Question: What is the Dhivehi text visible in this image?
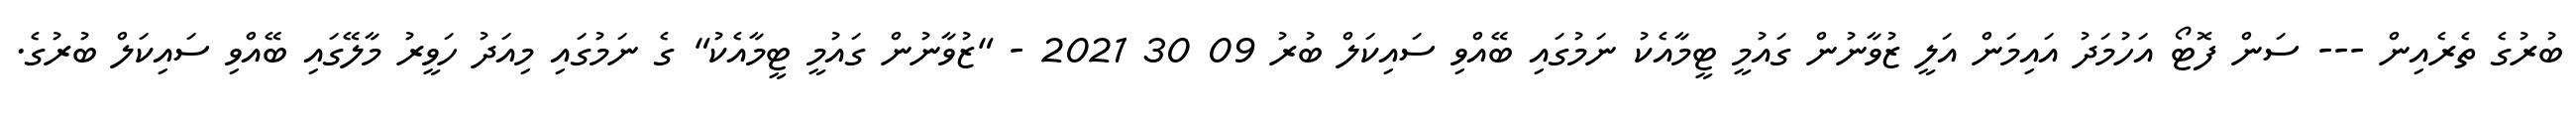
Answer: ބުރުގެ ތެރެއިން --- ސަން ފޮޓޯ އަހުމަދު އައިމަން އަލީ ޒުވާނުން ގައުމީ ޓީމާއެކު ނަމުގައި ބޭއްވި ސައިކަލް ބުރު 09 30 2021 - "ޒުވާނުން ގައުމީ ޓީމާއެކު" ގެ ނަމުގައި މިއަދު ހަވީރު މާލޭގައި ބޭއްވި ސައިކަލް ބުރުގެ.